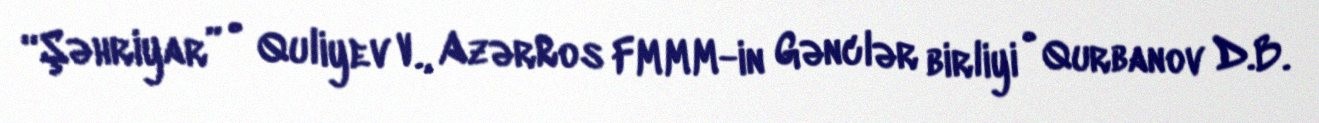
“Şəhriyar” • Quliyev V., AzərRos FMMM-in Gənclər birliyi • Qurbanov D.B.